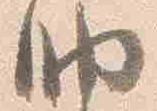
納